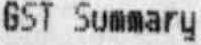
GST SUMMARY